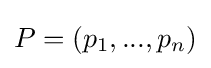
P=(p_{1},...,p_{n})